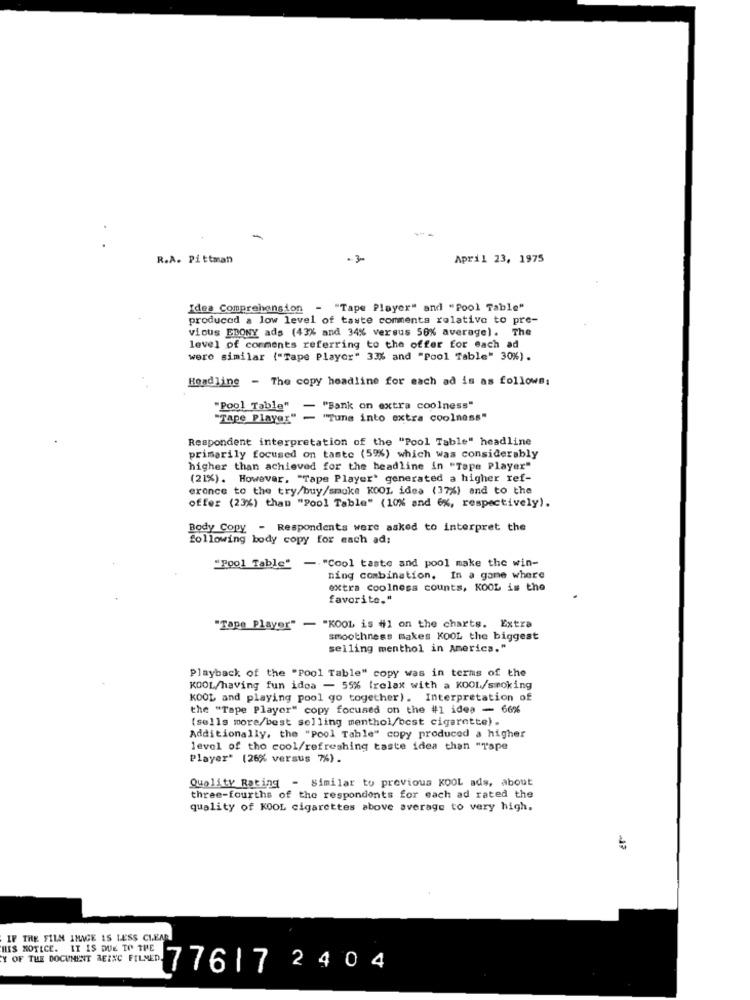
-
-
R.A. Pittman
April 23, 1975
Idea Comprehension - "Tape Player" and "Pool Table"
produced a low level of taste comments relative to pre-
vious EBONY ads (43% and 34% versus 50% average). The
level of comments referring to the offer for each ad
were similar ("Tape Player" 33% and "Pool Table" 30%).
Headline - The copy headline for each ad is as follows:
"Pool Table" - "Bank on extra coolness"
"Tape Player"-
"Tune into extra coolness"
Respondent interpretation of the "Pool Table" headline
primarily focused on taste (59%) which was considerably
higher than achieved for the headline in "Tape Player"
(21%). However, "Tape Player' generated a higher ref-
erence to the try/buy/smoke KOOL idea (37%) and to the
offer (23%) than "Pool Table" (10% and 6%, respectively).
Body Copy - Respondents were asked to interpret the
following body copy for each ad;
"pool Table" -. "Cool taste and pool make the win-
ning combination. In a game where
extra coolness counts, KOOL is the
favorite."
"Tape Player" - "KOOL is #1 on the charts. Extra
smoothness makes KOOL the biggest
selling menthol in America."
Playback of the "Pool Table" copy was in terms of the
KOOL/having fun idoa - 55% (relax with a KOOL/smoking
KOOL and playing pool go together). Interpretation of
the "Tape Player" copy focused on the #1 idea - 66%
(sells more/best selling menthol/best cigarette).
Additionally, the "Pool Table" copy produced a higher
level of tho cool/refreshing taste idea than "Tape
Player" (26% versus 7%) .
Quality Rating - Similar to previous KOOL ads, about
three-fourths of the respondents for each ad rated the
quality of KOOL cigarettes above average to very high.
IF THE FILM IMAGE IS LESS CLEAR
HIS NOTICE. IT IS DUE TO THE
OF THE DOCUMENT BEING PILMED. 77617 2 404